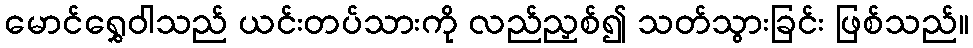
မောင်ရွှေဝါသည် ယင်းတပ်သားကို လည်ညှစ်၍ သတ်သွားခြင်း ဖြစ်သည်။